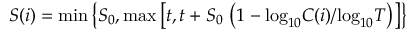
{ S ( i ) = \mathrm { m i n } \left\{ S _ { 0 } , \mathrm { m a x } \left[ t , t + S _ { 0 } \, \left( 1 - \mathrm { l o g } _ { 1 0 } C ( i ) / \mathrm { l o g } _ { 1 0 } T \right) \right] \right\} }